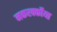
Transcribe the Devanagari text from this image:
मकरर्क्कोय्त्त